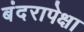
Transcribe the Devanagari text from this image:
बंदरापेक्षा